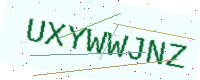
Text: UXYWWJNZ